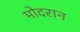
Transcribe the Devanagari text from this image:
मोदरान